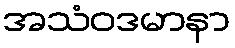
အသံဝဒမာနာ